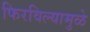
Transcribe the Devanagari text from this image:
फिरविल्यामुळे